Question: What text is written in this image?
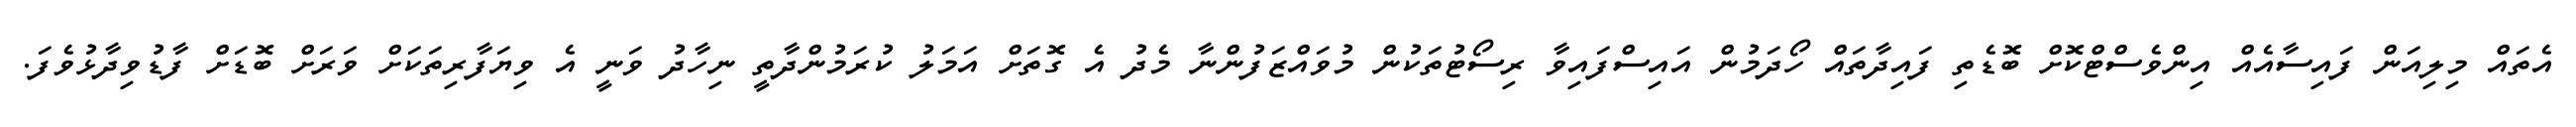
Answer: އެތައް މިލިއަން ފައިސާއެއް އިންވެސްޓްކޮށް ބޮޑެތި ފައިދާތައް ހޯދަމުން އައިސްފައިވާ ރިސޯޓުތަކުން މުވައްޒަފުންނާ މެދު އެ ގޮތަށް އަމަލު ކުރަމުންދާތީ ނިހާދު ވަނީ އެ ވިޔަފާރިތަކަށް ވަރަށް ބޮޑަށް ފާޑުވިދާޅުވެފަ.